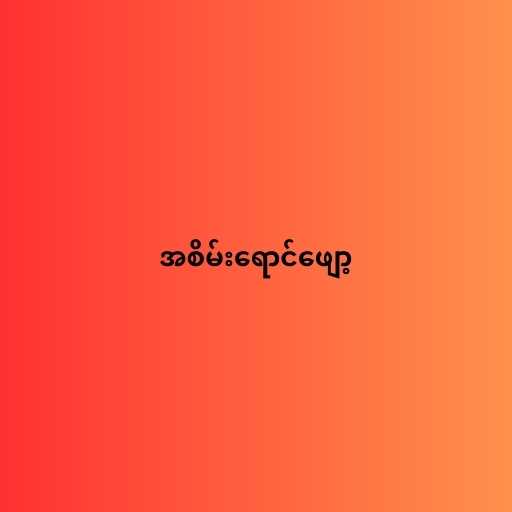
အစိမ်းရောင်ဖျော့